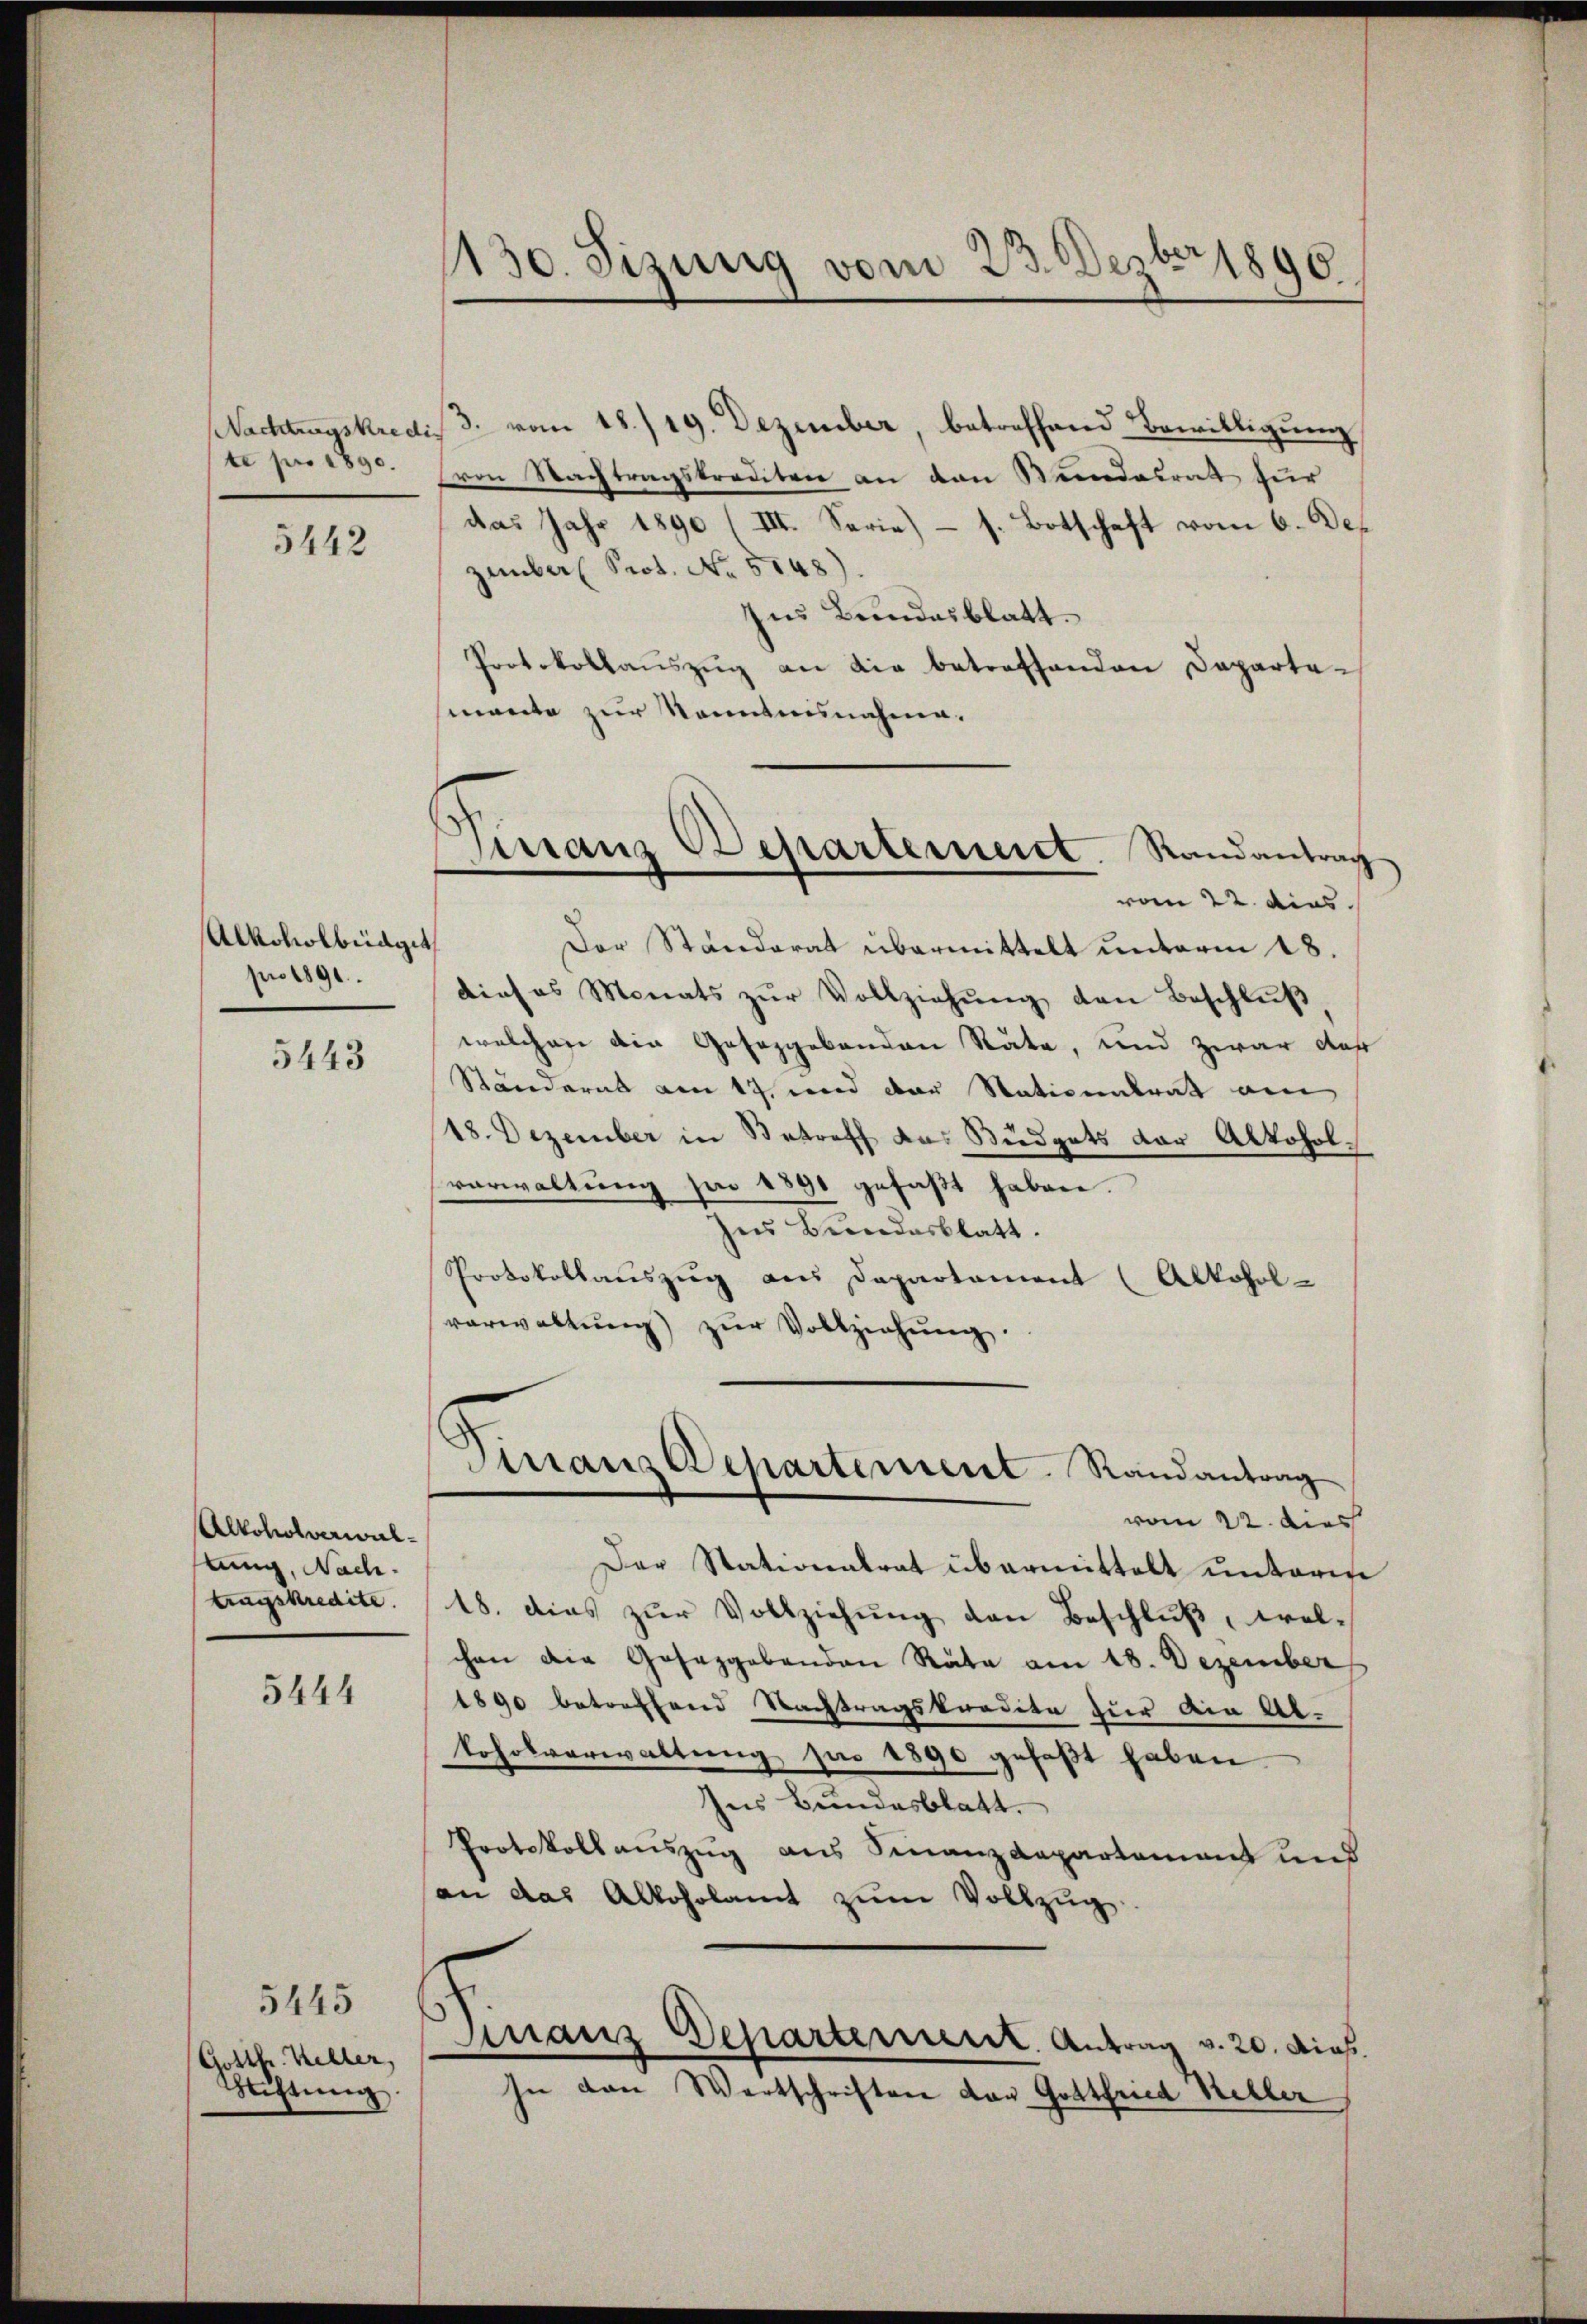
te pro 1890.

5442

Alkoholbüdget
pro 1891.

5443

Alkoholverwaltung, Nachtragskredite.

5444

5445
Gotth. Keller,
Stiftŭng.

1130. Sizung vom 23. Dezbr 1890

Tirranz Departement. Randantrag
vom 22. dies

Nachtragskredis 3. vom 18./19. Dezember, betreffend Bewilligung
von Nachtragskrediten an den Bundesrat zur
das Jahr 1890 (III. Serie) – s. Botschaft vom 6. Dep
zember Prot. No. 5148).
zus Bundesblatt.
Protokollaŭszŭg an die betreffenden Departemanta zur Kenntnisnahme.
Der Ständerat übermittelt unterm 18.
dieses Monats zŭr Vollziehŭng den Beschlŭβ
welcher die Gesezgebenden Räte, und zwar das
Ständerat am 17. und der Stationalrat am
18. Dezember in Betreff das Büdgets der Alkoholverwaltung pro 1890 gefaßt haben.
ses Bundesblatt.
Protokollauszug aus Departement (Alkoholverwaltung zur Vollziehung.
Finanzdepartement. Randantrag
vom 22. dies
Der Stationalrat übermittelt unterese
18. dies zŭr Vollziehŭng den Beschlŭβ, welchen die Gesezgabanden Rata am 18. Dezember
1890 betreffend Nachtragskredite zur Ain Abkoholverwaltŭng par 1890 gefaßt haben
Ins Bundesblatt.
Protokollauszug aus Finanzdepartement und
an das Alkoholamt zŭm Vollzŭg
Finanz Departerient. Antrag v. 20. dieß.
In den Wortschriften von Gottfried Keller